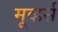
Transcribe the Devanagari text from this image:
मूव्हर्स